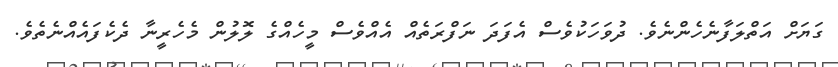
ގަޔަށް އަތްލަފާނެހެންނެވެ. ދުވަހަކުވެސް އެފަދަ ނަފްރަތެއް އެއްވެސް މީހެއްގެ ލޮލުން މެހެރީނާ ދެކެފައެއްނެތެވެ.